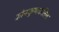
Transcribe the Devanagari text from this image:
कोनकुप्पकतिल